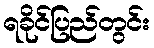
ရခိုင်ပြည်တွင်း